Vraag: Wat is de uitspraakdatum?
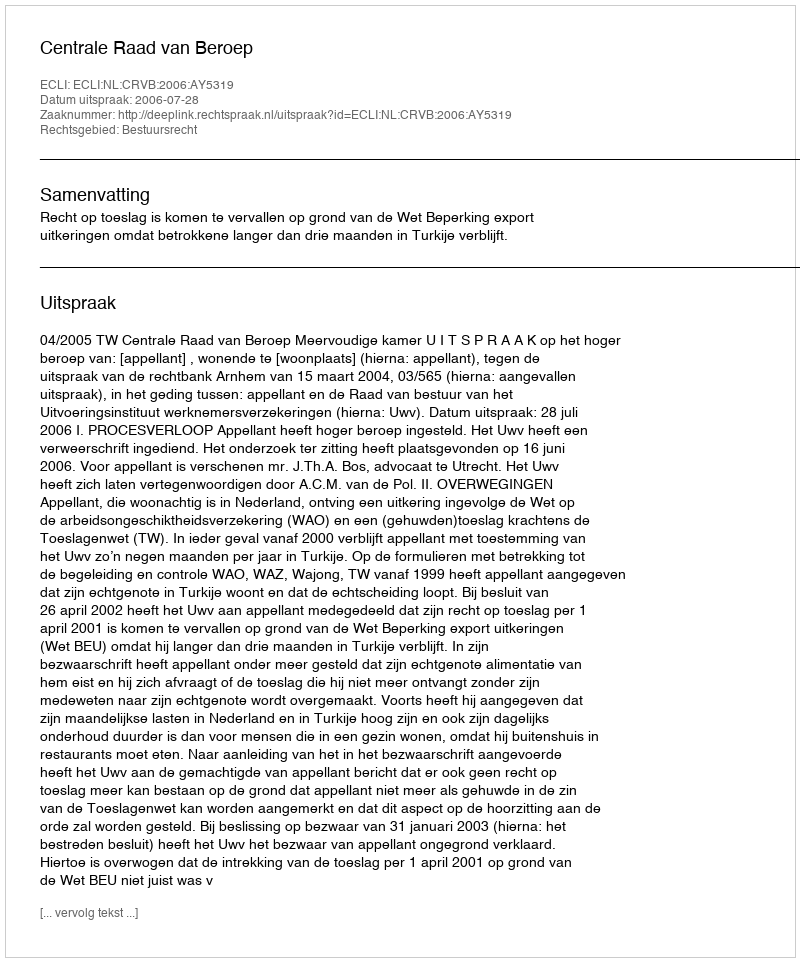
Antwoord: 2006-07-28